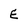
Character: E